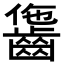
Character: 𪘗